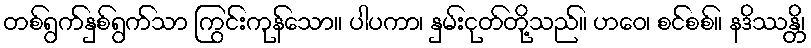
တစ်ရွက်နှစ်ရွက်သာ ကြွင်းကုန်သော။ ပါပကာ၊ နှမ်းငုတ်တို့သည်။ ဟဝေ၊ စင်စစ်။ နဒိဿန္တိ၊